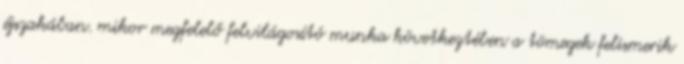
éjszakában. mikor megfelelő felvilágosító munka következtében a tömegek felismerik